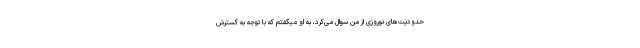
حدودیت‌های نوروزی از من سوال می‌کرد، به او میگفتم که با توجه به گسترش